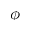
\phi